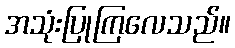
အသုံးပြုကြလေသည်။